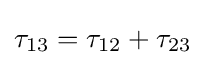
{\tau _{13}}={\tau _{12}}+{\tau _{23}}